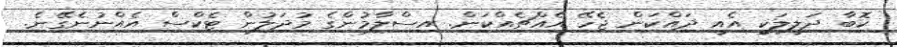
ކޮބާ ދަލީލަކީ އެއީ ދައްކަން ޖެހޭ އެއްޗެއްކަން. އިސްލާމުންގެ މުދަލުން ޓެކްސް އެއްނުނެގޭނެ.